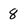
Character: 8